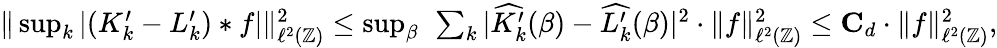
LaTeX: \begin{array}{r}{\| \operatorname*{sup}_{k}|(K_{k}^{\prime}-L_{k}^{\prime})*f|\| _{\ell^{2}(\mathbb{Z})}^{2}\leq\operatorname*{sup}_{\beta}\ \sum_{k}|\widehat{K_{k}^{\prime}}(\beta)-\widehat{L_{k}^{\prime}}(\beta)|^{2}\cdot\| f\| _{\ell^{2}(\mathbb{Z})}^{2}\leq\mathbf{C}_{d}\cdot\| f\| _{\ell^{2}(\mathbb{Z})}^{2},}\end{array}